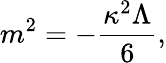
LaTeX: m^{2}=-\frac{\kappa^{2}\Lambda}{6},